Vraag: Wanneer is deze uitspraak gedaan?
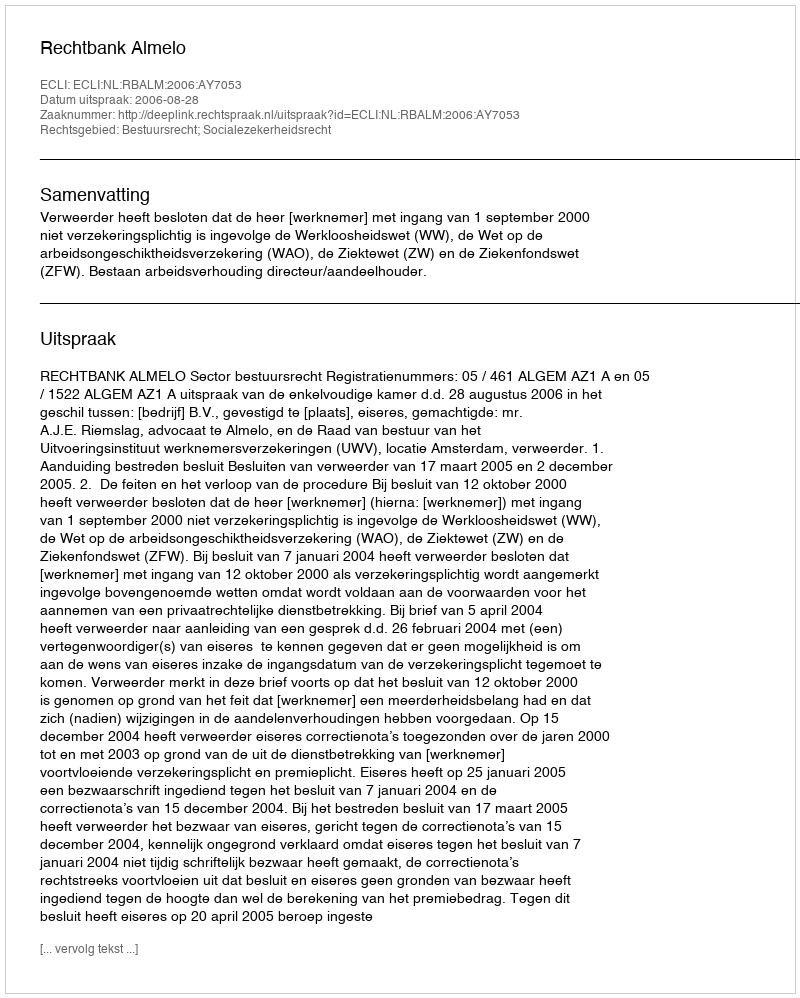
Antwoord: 2006-08-28